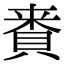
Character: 𮚅